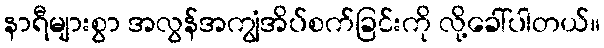
နာရီများစွာ အလွန်အကျွံအိပ်စက်ခြင်းကို လို့ခေါ်ပါတယ်။